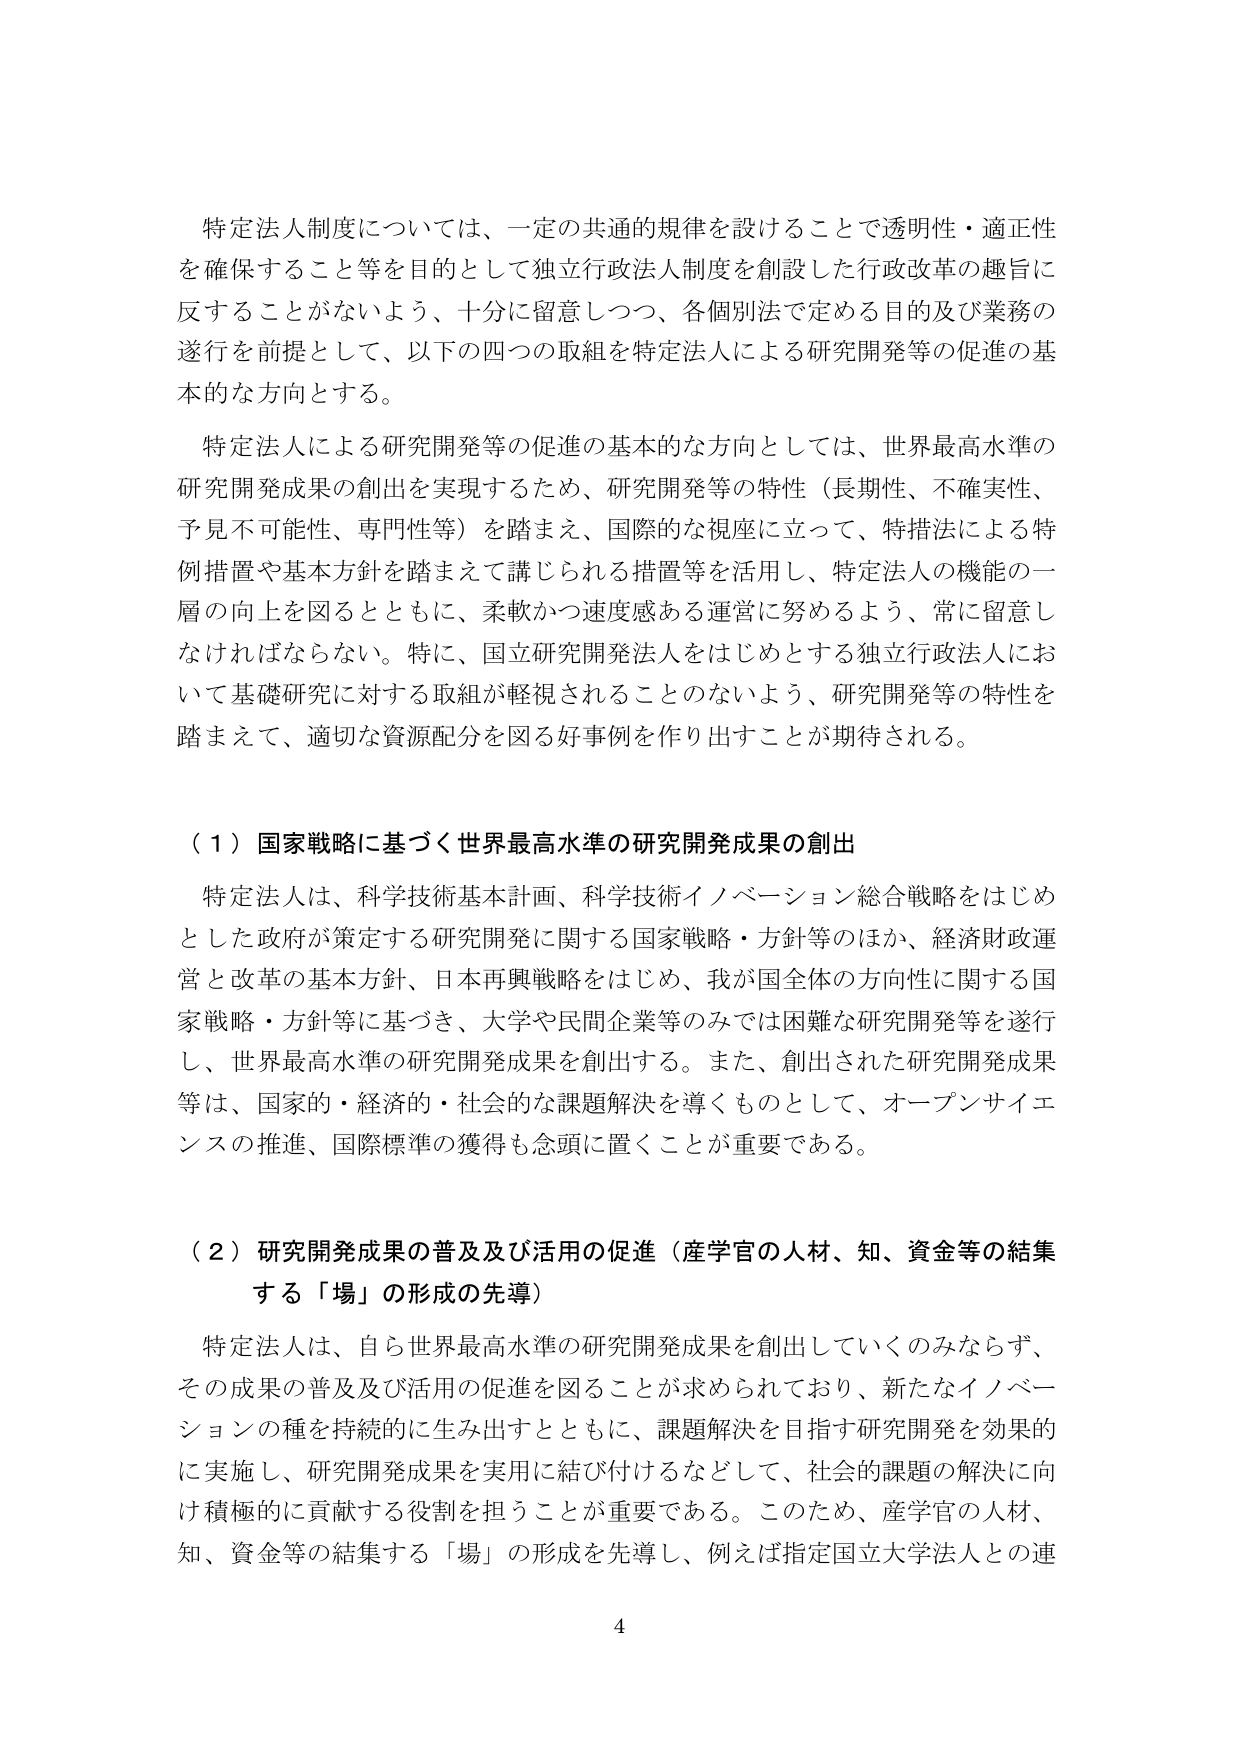
特定法人制度については、一定の共通的規律を設けることで透明性・適正性を確保すること等を目的として独立行政法人制度を創設した行政改革の趣旨に反することががないよう、十分に留意しつつ、各個別法で定める目的及び業務の遂行を前提として、以下の四つの取組を特定法人による研究開発等の促進の基本的な方向とする。

特定法人による研究開発等の促進の基本的な方向としては、世界最高水準の研究開発成果の創出を実現するため、研究開発等の特性（長期性、不確実性、予見不可能性、専門性等）を踏まえ、国際的な視座に立って、特措法による特例措置や基本方針を踏まえて講じられる措置等を活用し、特定法人の機能の一層の向上を図るとともに、柔軟かつ速度感ある運営に努めるよう、常に留意しなければならない。特に、国立研究開発法人をはじめとする独立行政法人において基礎研究に対する取組が軽視されることのないよう、研究開発等の特性を踏まえて、適切な資源配分を図る好事例を作り出すことが期待される。

（１）国家戦略に基づく世界最高水準の研究開発成果の創出

特定法人は、科学技術基本計画、科学技術イノベーション総合戦略をはじめとした政府が策定する研究開発に関する国家戦略・方針等のほか、経済財政運営と改革の基本方針、日本再興戦略をはじめ、我が国全体の方向性に関する国家戦略・方針等に基づき、大学や民間企業等のみでは困難な研究開発等を遂行し、世界最高水準の研究開発成果を創出する。また、創出された研究開発成果等は、国家的・経済的・社会的な課題解決を導くものとして、オープンサイエンスの推進、国際標準の獲得も念頭に置くことが重要である。

（２）研究開発成果の普及及び活用の促進（産学官の人材、知、資金等の結集する「場」の形成の先導）

特定法人は、自ら世界最高水準の研究開発成果を創出していくのみならず、その成果の普及及び活用の促進を図ることが求められており、新たなイノベーションの種を持続的に生み出すとともに、課題解決を目指す研究開発を効果的に実施し、研究開発成果を実用に結び付けるなどして、社会的課題の解決に向け積極的に貢献する役割を担うことが重要である。このため、産学官の人材、知、資金等の結集する「場」の形成を先導し、例えば指定国立大学法人との連

4